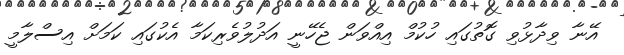
އޭނާ ވިދާޅުވި ގޮތުގައި ހުކުމް އިއްވަން ޖެހޭނީ އަދުލުވެރިކަމާ އެކުގައި ކަމަށް އިސްލާމީ